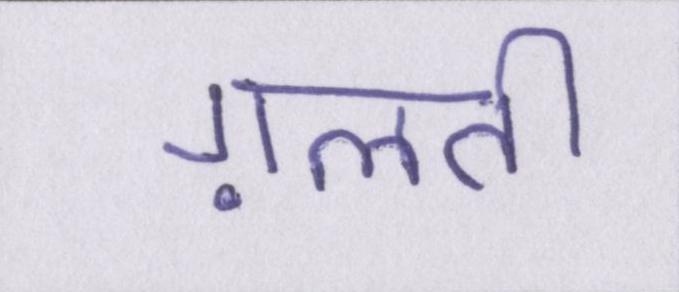
ग़लती